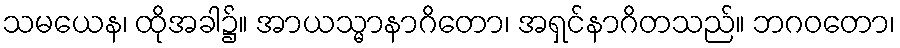
သမယေန၊ ထိုအခါ၌။ အာယသ္မာနာဂိတော၊ အရှင်နာဂိတသည်။ ဘဂဝတော၊